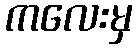
ကလေးမှ